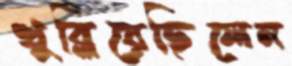
খুব্‌লিয়েছিলেন